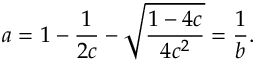
a = 1 - \frac { 1 } { 2 c } - \sqrt { \frac { 1 - 4 c } { 4 c ^ { 2 } } } = \frac { 1 } { b } .